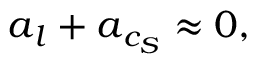
\boldsymbol { a } _ { l } + \boldsymbol { a } _ { c _ { S } } \approx 0 ,